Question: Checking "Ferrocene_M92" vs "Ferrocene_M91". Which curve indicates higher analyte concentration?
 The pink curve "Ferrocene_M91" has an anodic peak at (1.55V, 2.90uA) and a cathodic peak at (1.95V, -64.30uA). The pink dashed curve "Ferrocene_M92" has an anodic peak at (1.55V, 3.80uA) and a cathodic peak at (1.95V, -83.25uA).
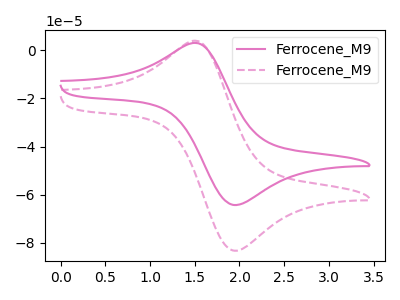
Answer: <think>All the peaks in "Ferrocene_M92" have a peak in "Ferrocene_M91" at the same potential. Every peak in "Ferrocene_M92" is higher than every peak in "Ferrocene_M91".
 </think>
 <answer>"Ferrocene_M92" has more signal than "Ferrocene_M91" and so likely has a higher concentration.</answer>
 <eval>more_concentration</eval>